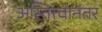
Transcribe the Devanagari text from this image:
अस्तित्त्वानंतर